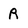
Character: R